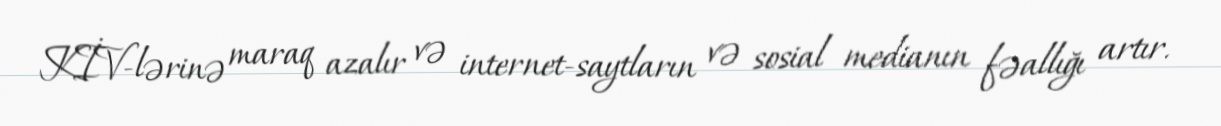
KİV-lərinə maraq azalır və internet-saytların və sosial medianın fəallığı artır.